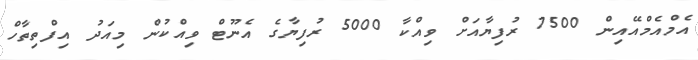
އެމްއެމްއޭއިން 7500 ރުފިޔާއަށް ވިއްކާ 5000 ރުފިޔާގެ އެނޫޓް ވިއްކުން މިއަދު އިފްތިތާހް